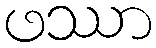
ဖဿာ